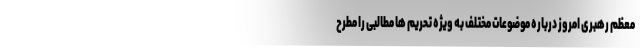
معظم رهبری امروز درباره موضوعات مختلف به ویژه تحریم ها مطالبی را مطرح